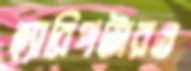
হ্যারিপটারও